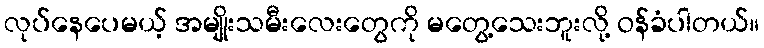
လုပ်နေပေမယ့် အမျိုးသမီးလေးတွေကို မတွေ့သေးဘူးလို့ ဝန်ခံပါတယ်။